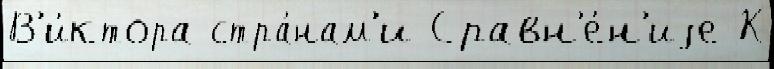
В'и́ктора стра́нам'и Сравн'е́н'иjе К